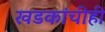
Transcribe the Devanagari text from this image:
खडकांचीही